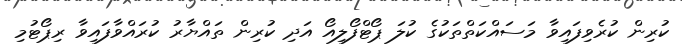
ކުރިން ކުރެވިފައިވާ މަސައްކަތްތަކުގެ ކުލަ ޕޯޓްފޯލިއޯ އަދި ކުރިން ތައްޔާރު ކުރައްވާފައިވާ ރިޕޯޓުމި